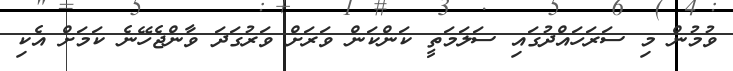
ވުމުން މި ސަރަހައްދުގައި ސަލަމަތީ ކަންކަން ވަރަށް ވަރުގަދަ ވާންޖެހޭނެ ކަމަށް އެކި